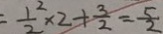
= \frac { 1 ^ { 2 } } { 2 } \times 2 + \frac { 3 } { 2 } = \frac { 5 } { 2 }